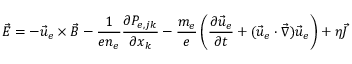
\vec { E } = - \vec { u } _ { e } \times \vec { B } - \frac { 1 } { e n _ { e } } \frac { \partial P _ { e , j k } } { \partial x _ { k } } - \frac { m _ { e } } { e } \left( \frac { \partial \vec { u } _ { e } } { \partial t } + ( \vec { u } _ { e } \cdot \vec { \nabla } ) \vec { u } _ { e } \right) + \eta \vec { J }